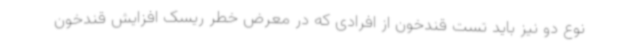
نوع دو نیز باید تست قندخون از افرادی که در معرض خطر ریسک افزایش قندخون